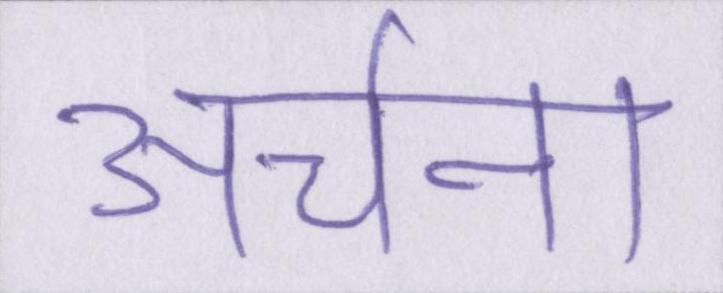
अर्चना